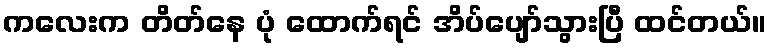
ကလေးက တိတ်နေ ပုံ ထောက်ရင် အိပ်ပျော်သွားပြီ ထင်တယ်။